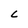
Character: L